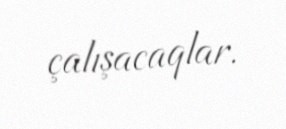
çalışacaqlar.